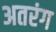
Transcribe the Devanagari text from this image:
अतरंग